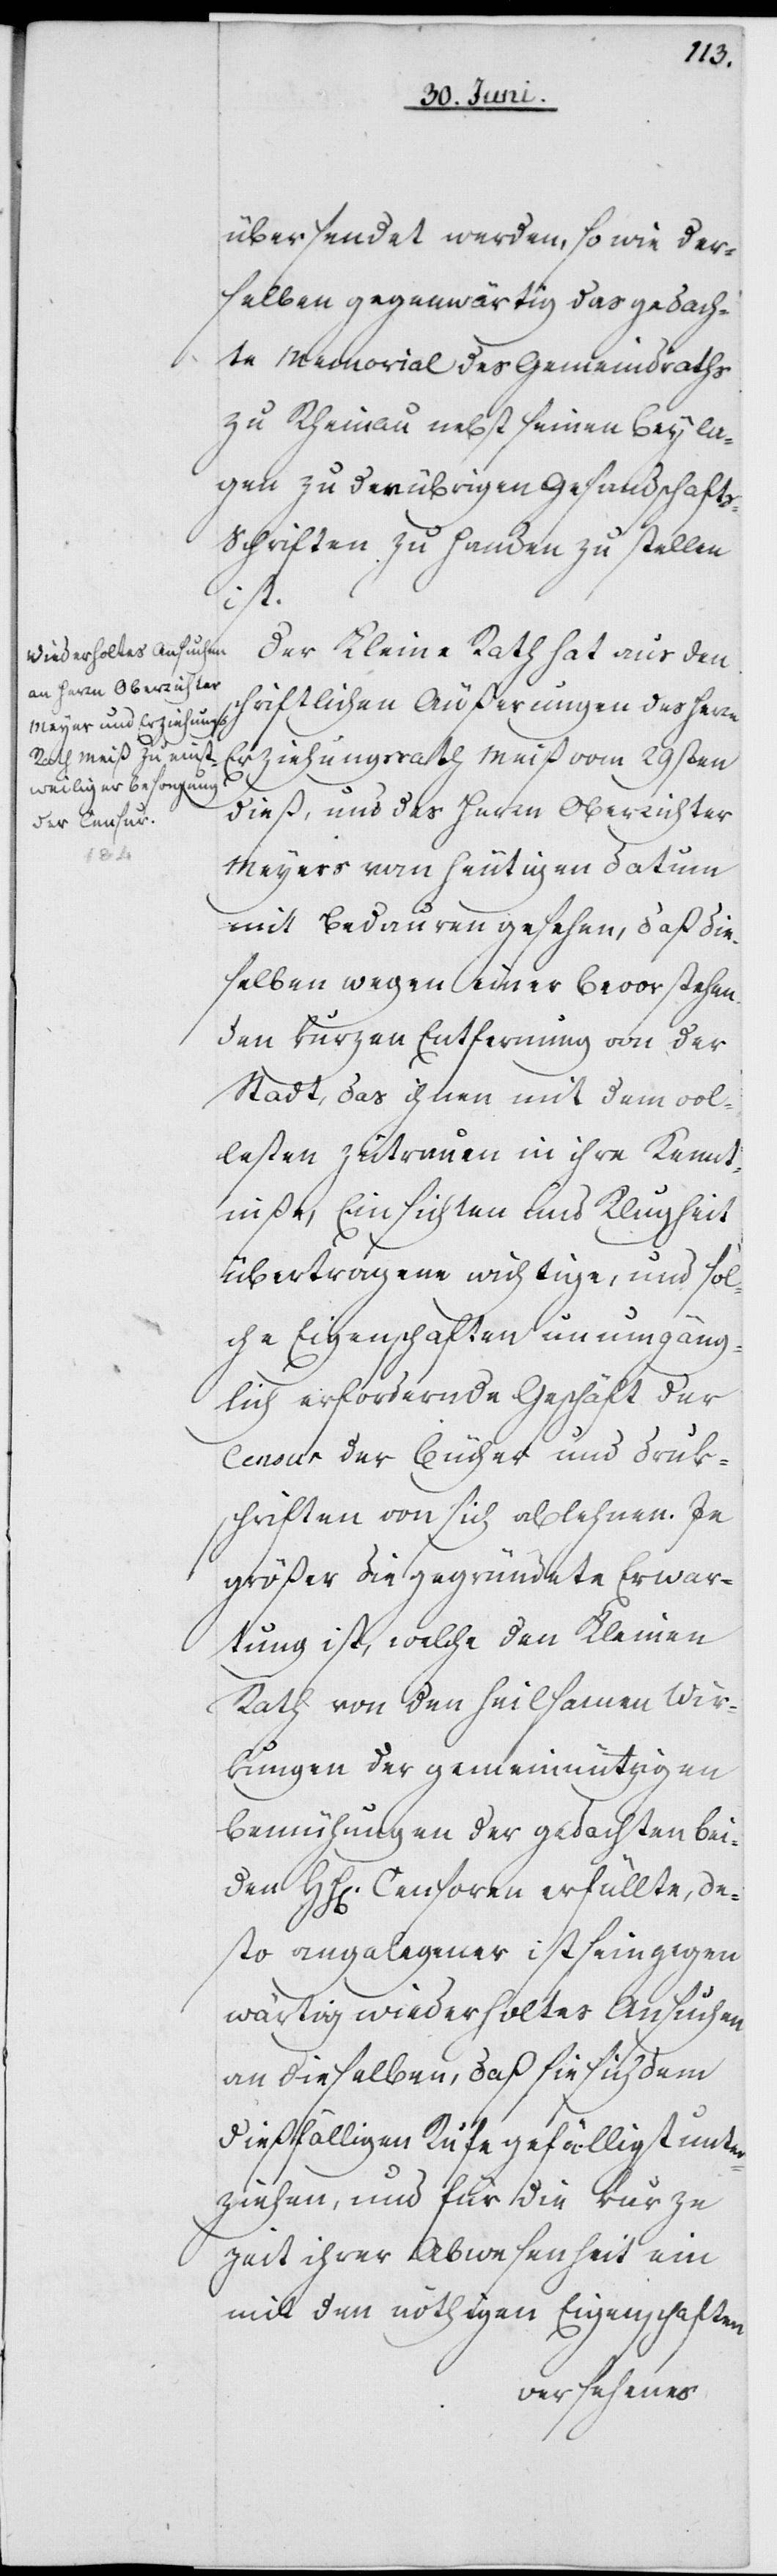
übersendet werden, so wie der¬
selben gegenwärtig das gedach¬
te Memorial des Gemeindraths
zu Rheinau nebst seinen Beyla¬
gen zu de[?n] übrigen Gesandschaft¬
s-Schriften zu Handen zu stellen
ist.
Der Kleine Rath hat aus den
schriftlichen Äußerungen des Hern
Erziehungsrath Meiß vom 29sten
dieß, und des Herrn Oberrichter
Meyers vom heutigen datum
mit Bedauren gesehen, daß die¬
selben wegen einer bevorstehen¬
den kurzen Entfernung von der
Stadt, das ihnen mit dem vol¬
lesten Zutrauen in ihre Kennt¬
niße, Einsichten und Klugheit
übertragene wichtige, und sol¬
che Eigenschaften unumgäng¬
lich erfordernde Geschäft der
Censur der Bücher und Druk¬
schriften von sich ablehnen. Je
größer die gegründete Erwar¬
tung ist, welche den Kleinen
Rath von den heilsamen Wir¬
kungen der gemeinnützigen
Bemühungen der gedachten bei¬
den HH[erren] Censoren erfüllte, de¬
sto angelegener ist sein gegen¬
wärtig wiederholtes Ansuchen
an dieselben, daß sie sich dem
dießfälligen Rufe gefälligst unter¬
ziehen, und für die kurze
Zeit ihrer Abwesenheit ein
mit den nöthigen Eigenschaften